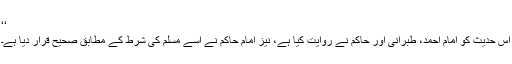
‘‘
اِس حدیث کو امام احمد، طبرانی اور حاکم نے روایت کیا ہے، نیز امام حاکم نے اسے مسلم کی شرط کے مطابق صحیح قرار دیا ہے۔